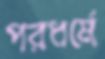
পরধর্মে